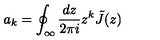
a _ { k } = \oint _ { \infty } \frac { d z } { 2 \pi i } z ^ { k } \tilde { J } ( z )